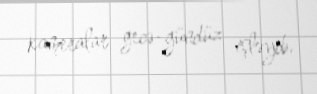
kameralar gecə-gündüz işləyib.